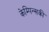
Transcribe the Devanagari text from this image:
केम्पिन्सकी